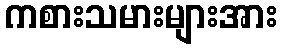
ကစားသမားများအား